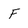
Character: f